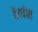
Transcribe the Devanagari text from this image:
देववंद्या